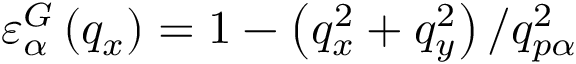
\varepsilon _ { \alpha } ^ { G } \left( { { q } _ { x } } \right) = 1 - \left( q _ { x } ^ { 2 } + q _ { y } ^ { 2 } \right) / q _ { p \alpha } ^ { 2 }